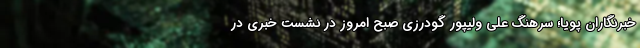
خبرنگاران پویا؛ سرهنگ علی ولیپور گودرزی صبح امروز در نشست خبری در